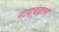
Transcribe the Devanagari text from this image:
नागचंद्राचा